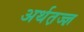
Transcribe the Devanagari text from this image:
अर्थत़ज्ज्ञ